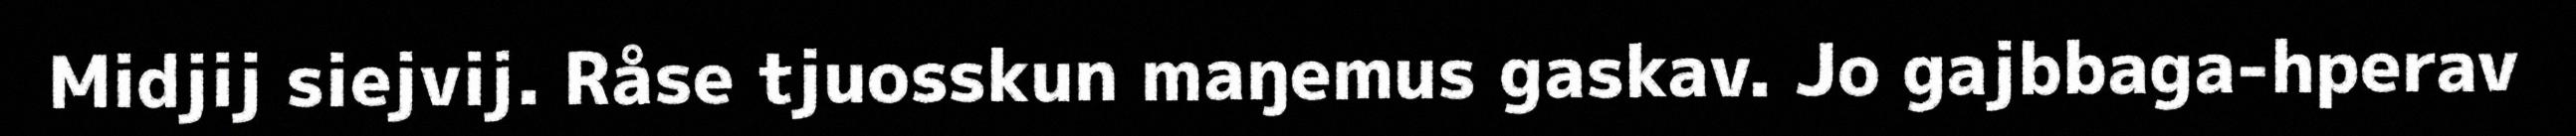
Midjij siejvij. Råse tjuosskun maŋemus gaskav. Jo gajbbaga-hperav